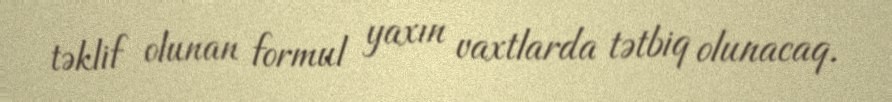
təklif olunan formul yaxın vaxtlarda tətbiq olunacaq.